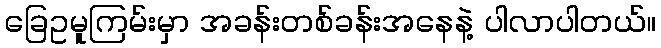
ခြေဥမူကြမ်းမှာ အခန်းတစ်ခန်းအနေနဲ့ ပါလာပါတယ်။